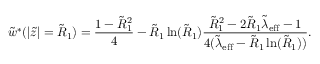
\tilde { w } ^ { * } ( | \tilde { z } | = \tilde { R } _ { 1 } ) = \frac { 1 - \tilde { R } _ { 1 } ^ { 2 } } { 4 } - \tilde { R } _ { 1 } \ln ( \tilde { R } _ { 1 } ) \frac { \tilde { R } _ { 1 } ^ { 2 } - 2 \tilde { R } _ { 1 } \tilde { \lambda } _ { \mathrm { e f f } } - 1 } { 4 ( \tilde { \lambda } _ { \mathrm { e f f } } - \tilde { R } _ { 1 } \ln ( \tilde { R } _ { 1 } ) ) } .